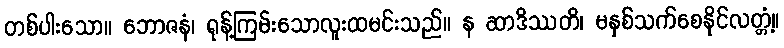
တစ်ပါးသော။ ဘောဇနံ၊ ရုန့်ကြမ်းသောလူးထမင်းသည်။ န ဆာဒိဿတိ၊ မနှစ်သက်စေနိုင်လတ္တံ့။